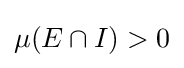
{\textstyle \mu (E\cap I)>0}